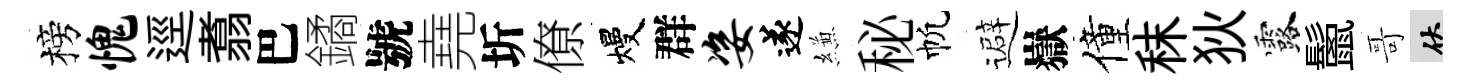
榜愧逕翥巴鐍號堯圻僚熳群姿遂縑秘帆避嶽僮秣狄露鬛哥伏